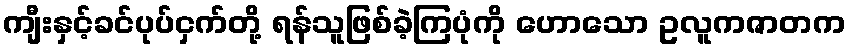
ကျီးနှင့်ခင်ပုပ်ငှက်တို့ ရန်သူဖြစ်ခဲ့ကြပုံကို ဟောသော ဥလူကဇာတက